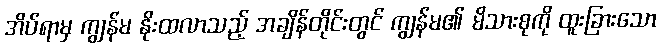
အိပ်ရာမှ ကျွန်မ နိုးထလာသည့် အချိန်တိုင်းတွင် ကျွန်မ၏ မိသားစုကို ထူးခြားသော